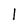
Character: l